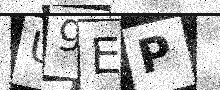
Text: U9EP